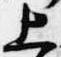
上